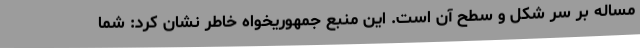
مساله بر سر شکل و سطح آن است. این منبع جمهوریخواه خاطر نشان کرد: شما